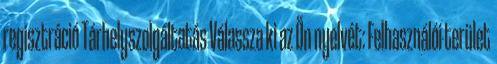
regisztráció Tárhelyszolgáltatás Válassza ki az Ön nyelvét: Felhasználói terület